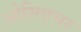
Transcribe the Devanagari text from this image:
ओसिएचर